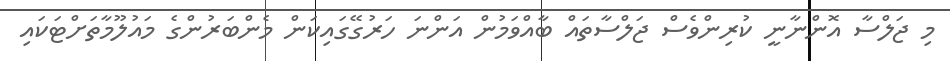
މި ޖަލްސާ އޮންނާނީ ކުރިންވެސް ޖަލްސާތައް ބާއްވަމުން އަންނަ ހަރުގޭގައިކަން މެންބަރުންގެ މައުލޫމާތަށްޓަކައި